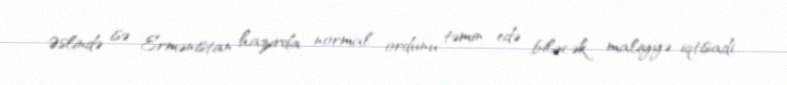
Əslində isə Ermənistan hazırda normal ordunu təmin edə biləcək maliyyə-iqtisadi